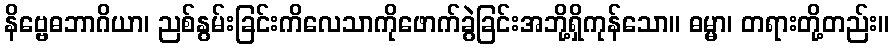
နိဗ္ဗေဓဘာဂိယာ၊ ညစ်နွမ်းခြင်းကိလေသာကိုဖောက်ခွဲခြင်းအဘို့ရှိကုန်သော။ ဓမ္မာ၊ တရားတို့တည်း။